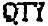
QTY